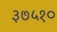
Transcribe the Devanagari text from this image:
३७५१०